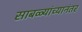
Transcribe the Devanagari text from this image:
साबळ्यांच्यानंतर